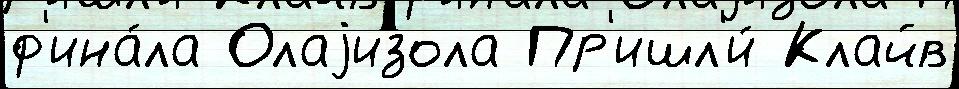
ф'ина́ла Олаjизола Пр'ишл'и́ Клайв